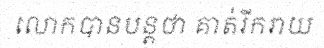
លោកបានបន្តថា គាត់រីករាយ